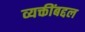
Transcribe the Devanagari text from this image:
व्यक्तींबद्दल